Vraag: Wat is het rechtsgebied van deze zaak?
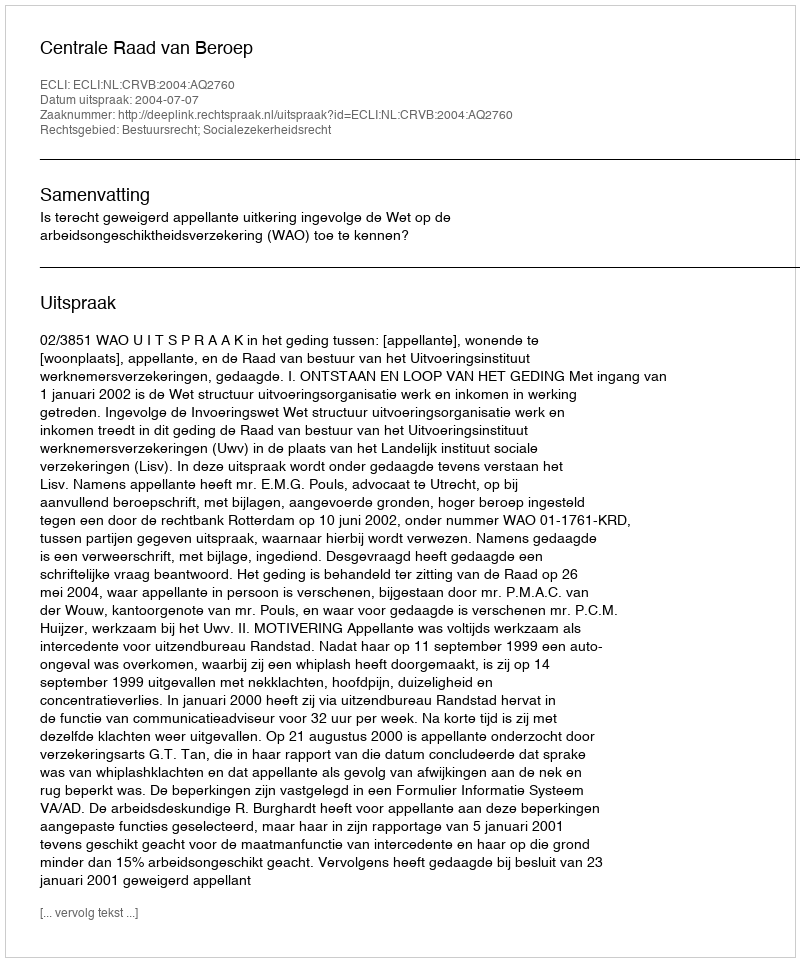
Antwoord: Bestuursrecht; Socialezekerheidsrecht